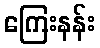
ကြေးနန်း